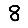
Digit: 8